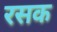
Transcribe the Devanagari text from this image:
रसक